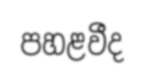
පහළවීද